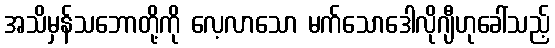
အသိမှန်သဘောတို့ကို လေ့လာသော မက်သောဒေါလိုဂျီဟုခေါ်သည့်